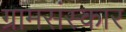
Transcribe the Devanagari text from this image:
ग्रामसंस्कार